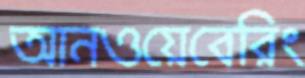
আনওয়েবেরিং